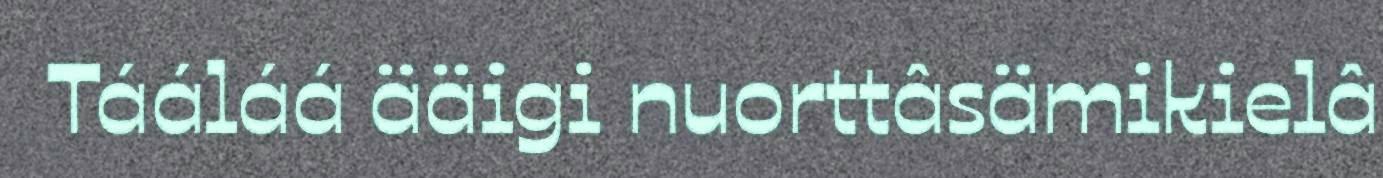
Tááláá ääigi nuorttâsämikielâ